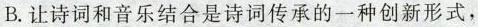
B. 让诗词和音乐结合是诗词传承的一种创新形式，